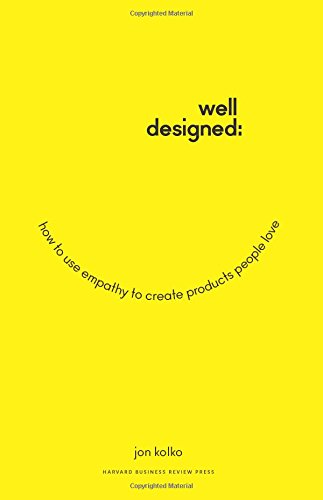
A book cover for Well-Designed: How to Use Empathy to Create Products People Love; Jon Kolko; Business & Money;